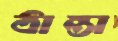
ঠান্তা